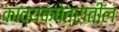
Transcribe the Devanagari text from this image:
काव्यक्षेत्रातील